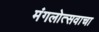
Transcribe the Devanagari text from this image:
मंगलोत्सवाचा